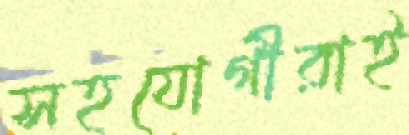
সহযোগীরাই